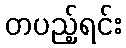
တပည့်ရင်း